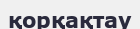
қорқақтау